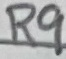
Text: R9